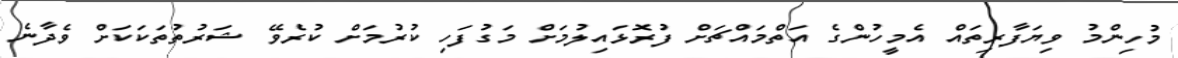
މުހިންމު ވިޔަފާރިތައް އެމީހުންގެ އަތްމައްޗަށް ފުރޮޅައިލުމަށް މަގުފަހި ކުރުމަށް ކުރެވޭ ޝަރުތުތަކަކަށް ވެދާނެ